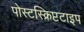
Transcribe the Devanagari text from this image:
पोस्टस्क्रिप्टटाइप